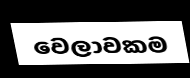
වෙලාවකම